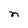
Character: n